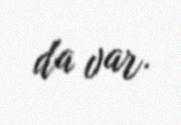
da var.